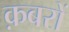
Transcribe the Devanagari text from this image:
क़बरों